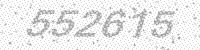
Solution: 552615